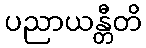
ပညာယန္တီတိ